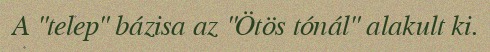
A "telep" bázisa az "Ötös tónál" alakult ki.